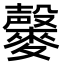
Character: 𪍱